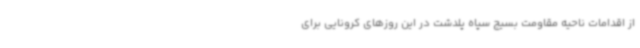
از اقدامات ناحیه مقاومت بسیج سپاه پلدشت در این روزهای کرونایی برای